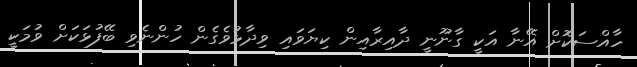
ހާއްސަކޮށް އޭނާ އަކީ ގާނޫނީ ދާއިރާއިން ކިޔަވައި ވިދާޅުވެގެން ހުންނެވި ބޭފުޅަކަށް ވުމަކީ